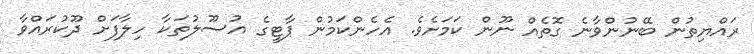
ރައްޔިތުން ބޭނުންވާނެ ގޮތެއް ނޫން ކަމަށެވެ. އެހެންކަމުން ޕާޓީގެ އުސޫލުތަކާ ހިލާފަށް ދޫކުރައްވާ